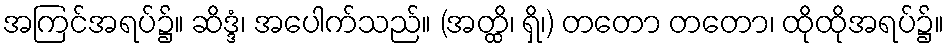
အကြင်အရပ်၌။ ဆိဒ္ဒံ၊ အပေါက်သည်။ (အတ္ထိ၊ ရှိ၊) တတော တတော၊ ထိုထိုအရပ်၌။